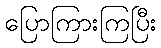
ပြောကြားကြပြီး